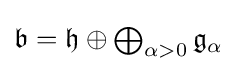
{\textstyle {\mathfrak {b}}={\mathfrak {h}}\oplus \bigoplus _{\alpha >0}{\mathfrak {g}}_{\alpha }}